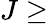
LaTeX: J\ge